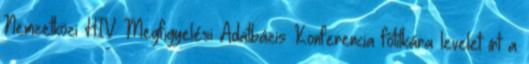
Nemzetközi HIV Megfigyelési Adatbázis Konferencia főtitkára levelet írt a